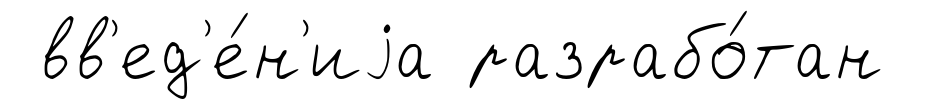
вв'ед'е́н'иjа разрабо́тан